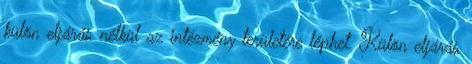
külön eljárás nélkül az intézmény területére léphet. Külön eljárás